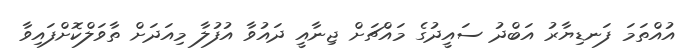
އުއްތަމަ ފަނޑިޔާރު އަބްދު ސައީދުގެ މައްޗަށް ޖިނާއީ ދައުވާ އުފުލާ މިއަދަށް ތާވަލްކޮށްފައިވާ